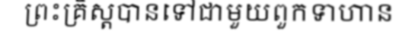
ព្រះគ្រិស្តបានទៅជាមួយពួកទាហាន